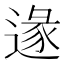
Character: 𨔵